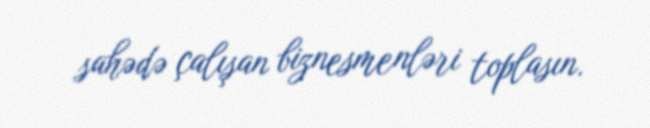
sahədə çalışan biznesmenləri toplasın.